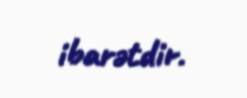
ibarətdir.